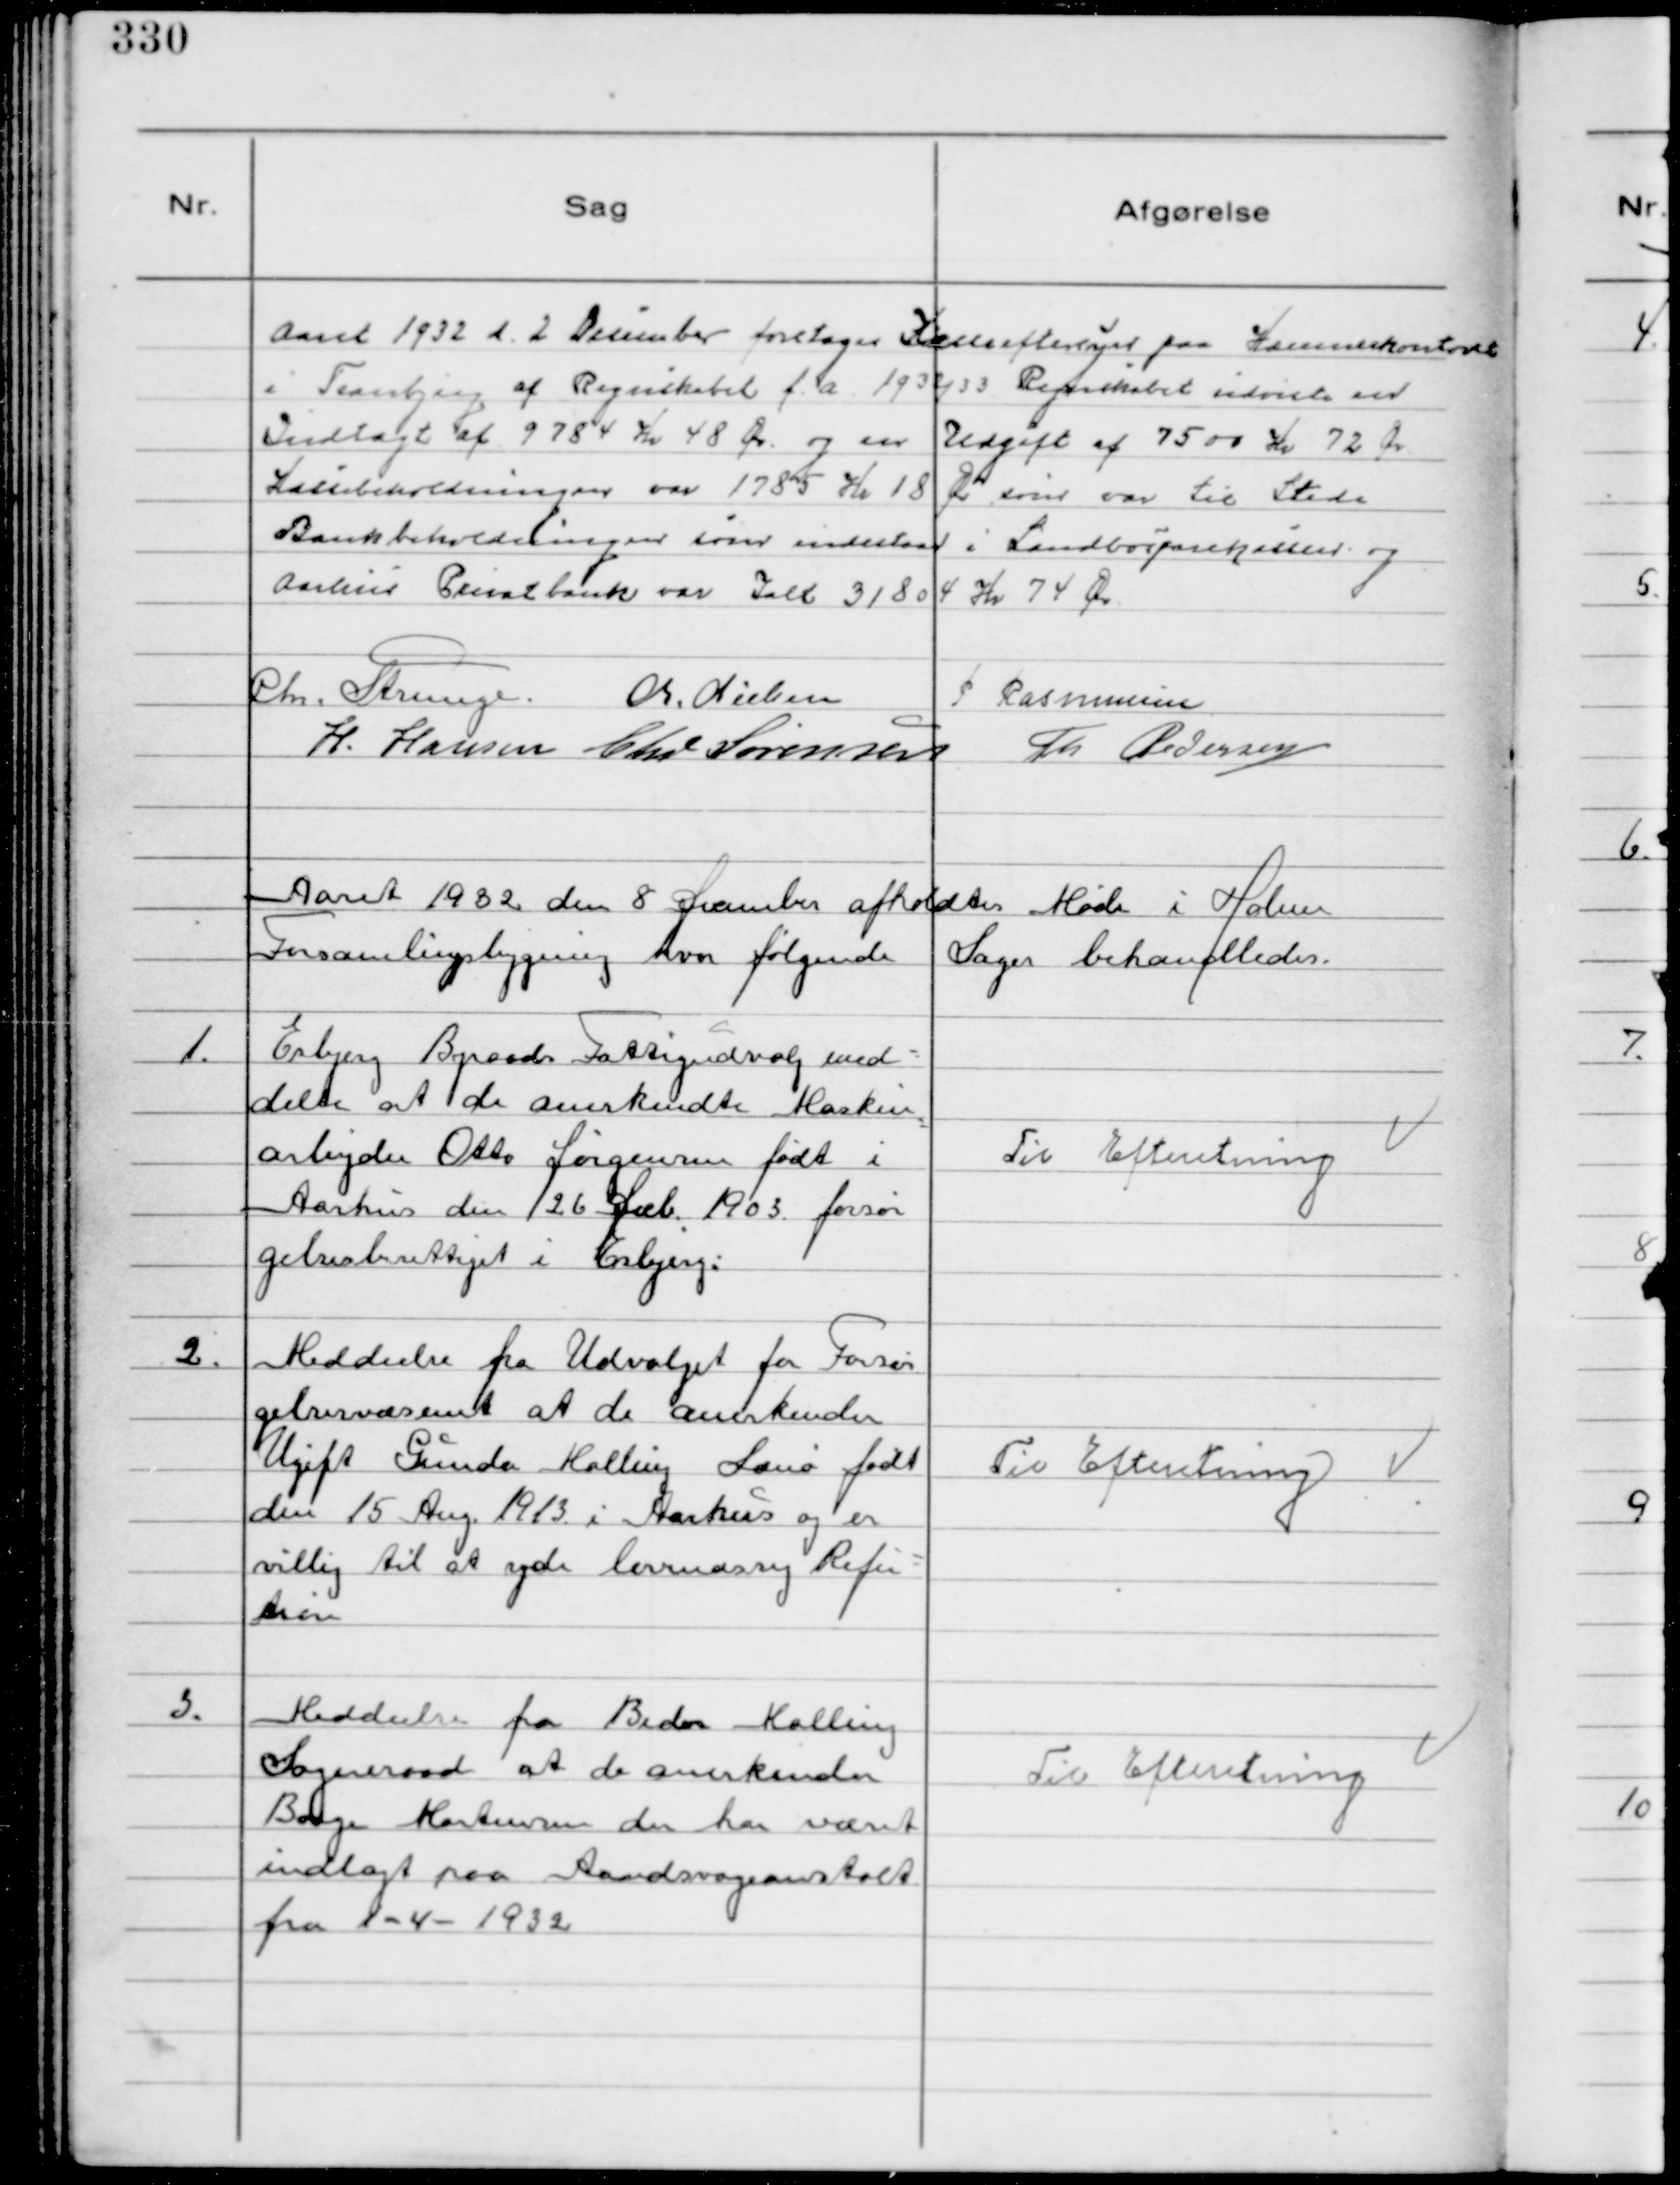
Transskription:
Aaret 1932 d. 2 December foretoges Kasseeftersyn paa Kæmnerkontoret
i Tranbjerg af Regnskabet f. a. 1932/33 Regnskabet udviste en
Indtægt af 9784 Kr 48 Ør. og en Udgift af 7500 Kr 72 Ør.
Kassebeholdningen var 1785 Kr 18 Ør som var til Stede
Bankbeholdningen som indestaar i Landbosparekassen og
Aarhus Privatbank var Ialt 31804 Kr 74 Ør
Chr. Strunge. Chr. Nielsen
P Rasmussen
H. Hansen Chr Sørensen
Th Pedersen

Aaret 1932 den 8 December afholdtes Møde i Holme
Forsamlingsbygning hvor følgende Sager behandledes.

1.
Esbjerg Byraads Fattigudvalg med-
delte at de anerkendte Maskin
arbejder Otto Jørgensen født i
Aarhus den 26 Dec 1903 forsør
gelsesberettiget i Esbjerg.

Til Efteretning

2.
Meddeelse fra Udvalget for Forsør
gelsesvæsenet at de anerkender
Ugift Gunda Malling Sanø født
den 15 Aug. 1913 i Aarhus og er
villig til at yde lovmæssig Refu-
tion

Til Efteretning

3.
Meddeelse fra Beder Malling
Sogneraad at de anerkender
Børge Mortensen der har været
indlagt paa Aandsvageanstalt
fra 1-4-1932

Til Efteretning